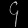
Digit: ၄